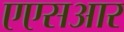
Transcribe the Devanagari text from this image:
एएसआर